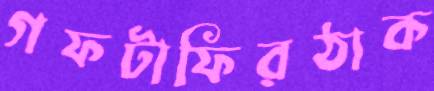
গফটাফিরঠাক